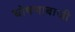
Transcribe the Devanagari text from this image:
घोषणाबाजी